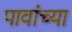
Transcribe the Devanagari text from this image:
पावांच्या